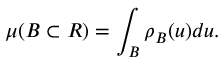
\mu ( B \subset R ) = \int _ { B } \rho _ { B } ( u ) d u .